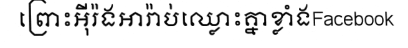
ព្រោះអ៊ីរ៉ងអារ៉ាប់ឈ្លោះគ្នាខ្លាំងFacebook